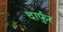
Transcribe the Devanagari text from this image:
दार्फुर